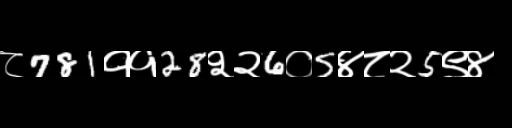
Text: ८781११28२२6०5४८२5९४